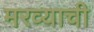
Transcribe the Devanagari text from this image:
मरव्याची